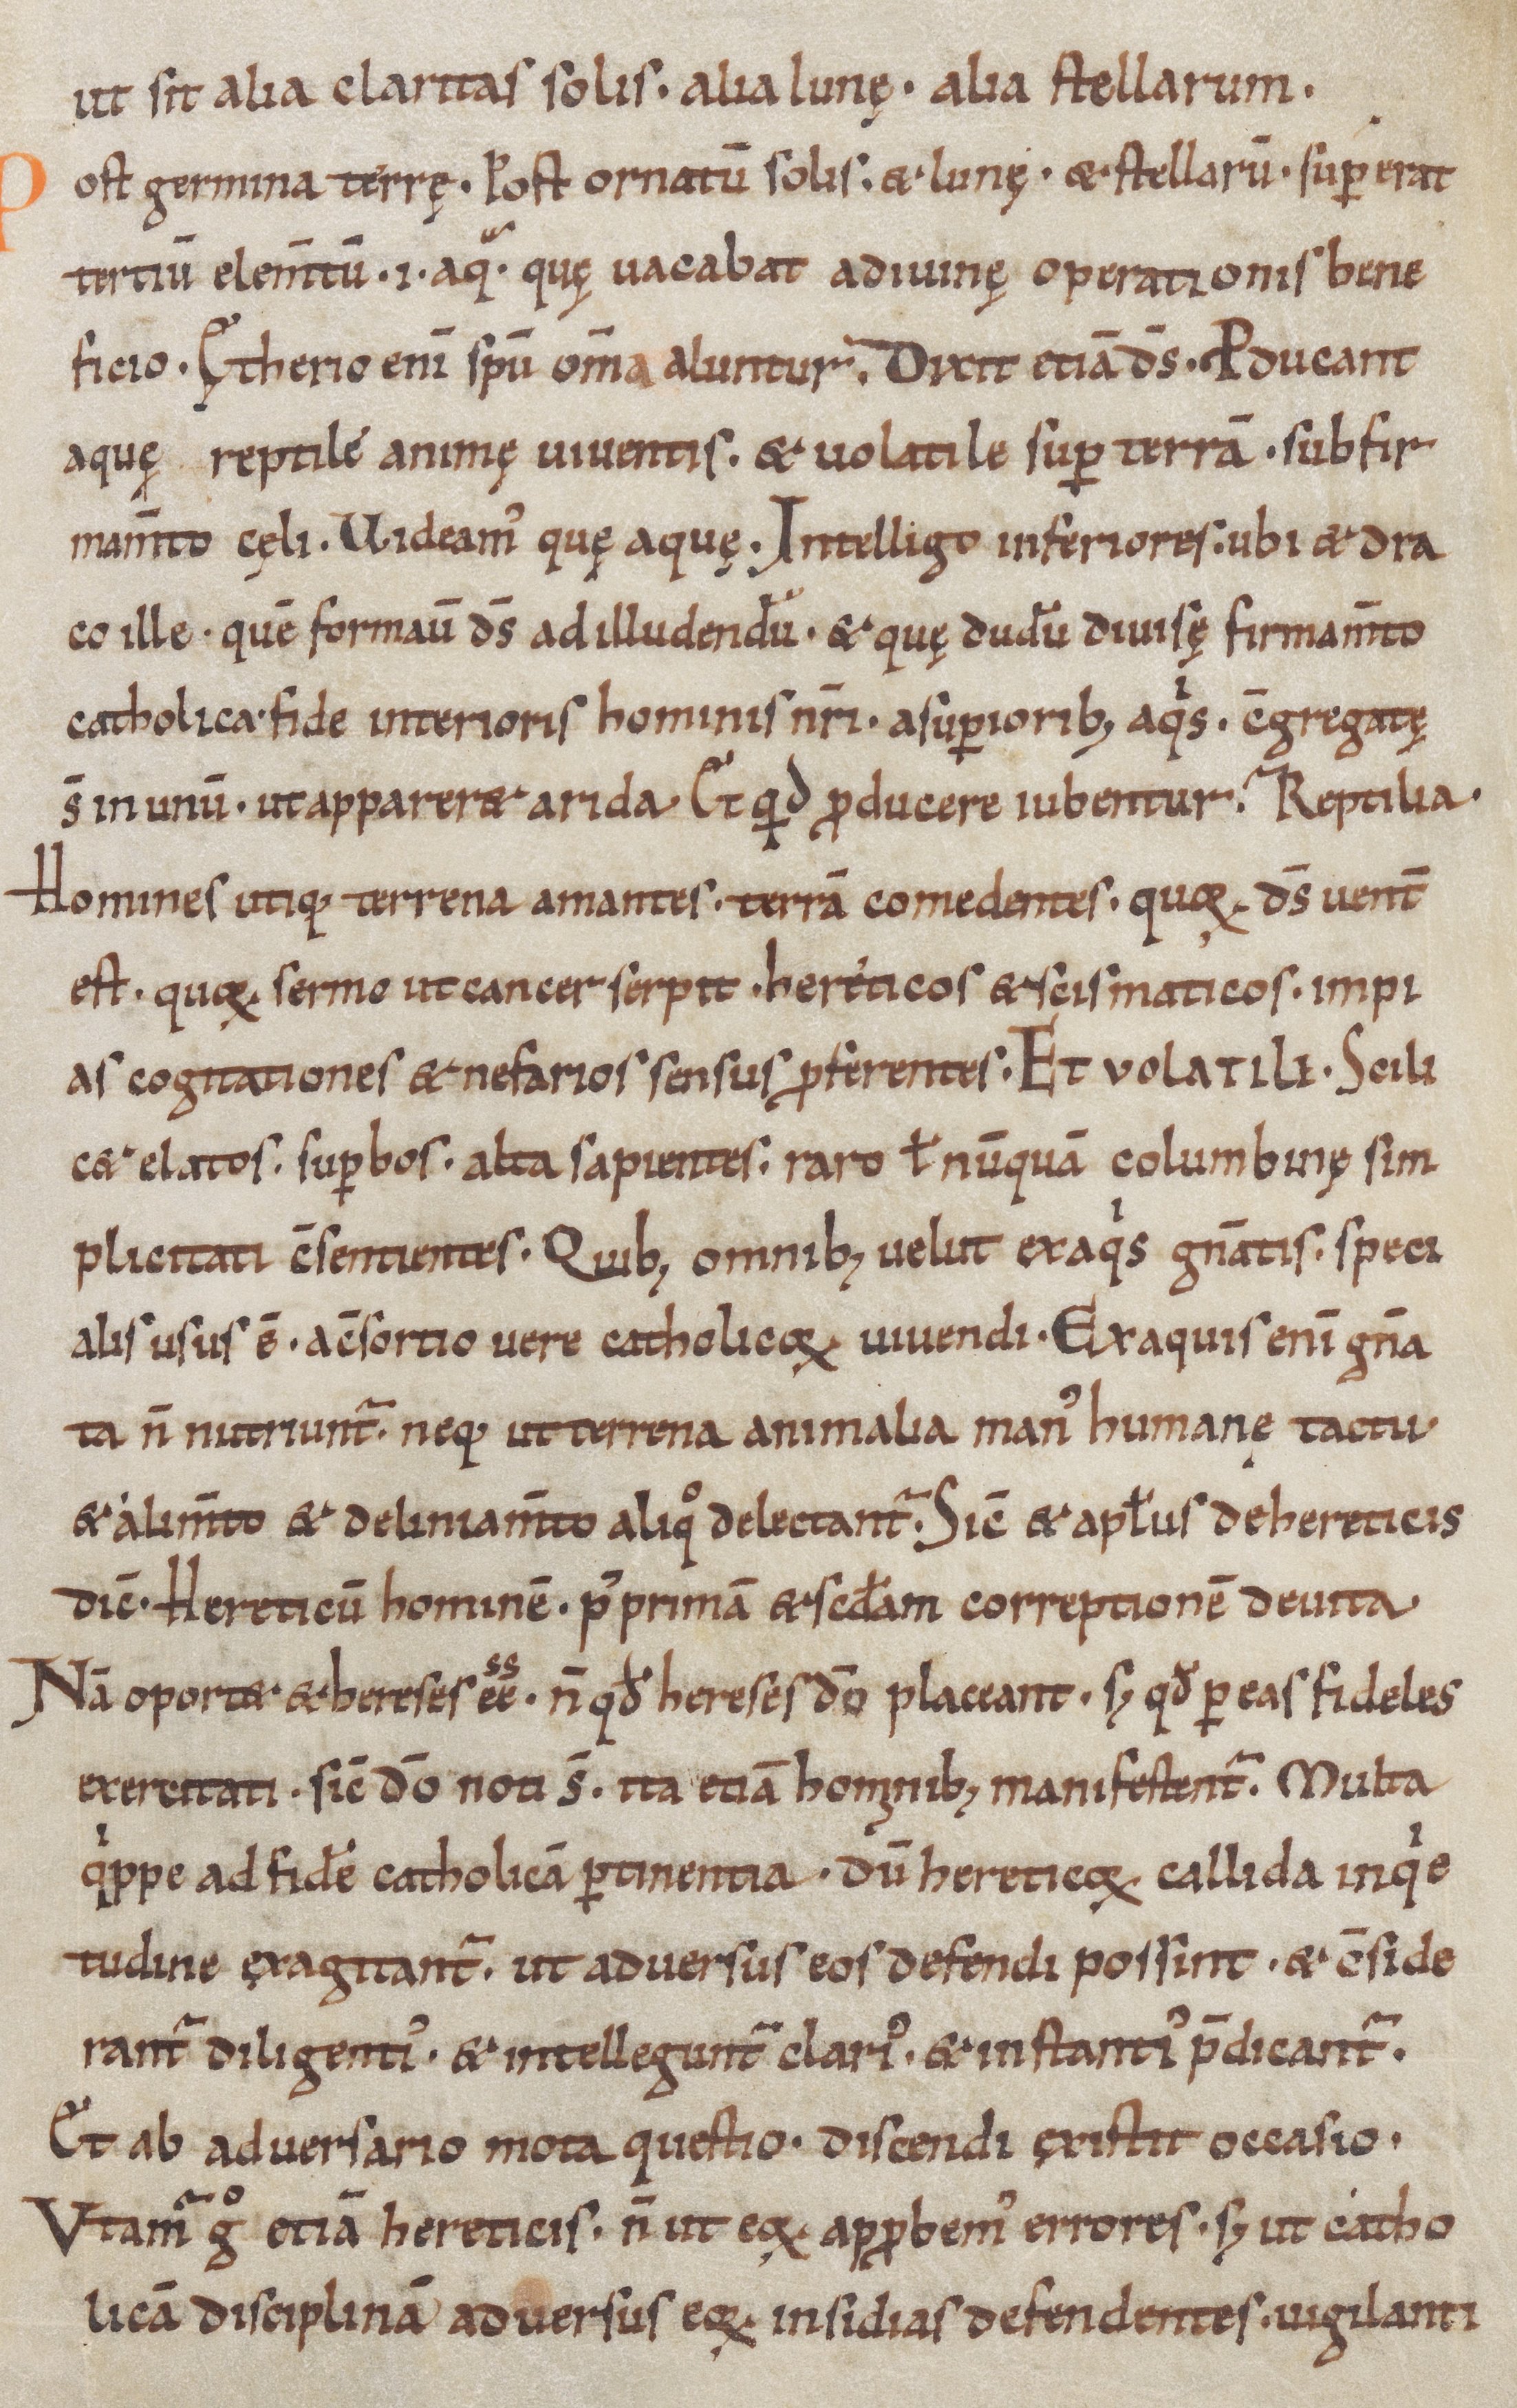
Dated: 1000–1099